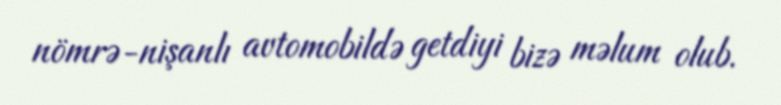
nömrə-nişanlı avtomobildə getdiyi bizə məlum olub.